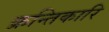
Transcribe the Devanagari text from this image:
क्रन्तिकारि